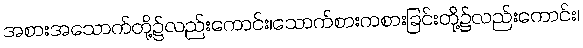
အစားအသောက်တို့၌လည်းကောင်း၊သောက်စားကစားခြင်းတို့၌လည်းကောင်း၊